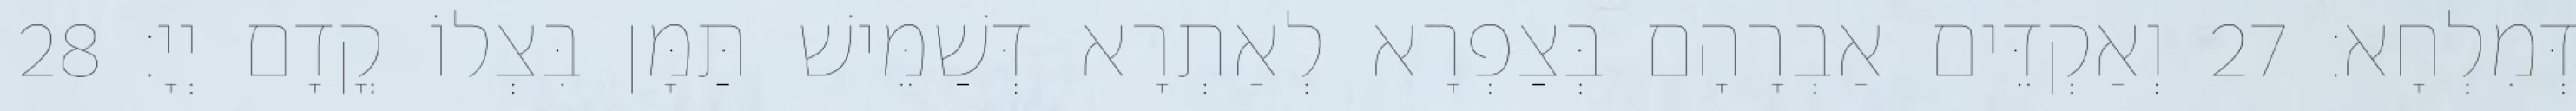
דְּמִלְחָא׃ 27 וְאַקְדֵּים אַבְרָהָם בְּצַפְרָא לְאַתְרָא דְּשַׁמֵּישׁ תַּמָּן בִּצְלוֹ קֳדָם יְיָ׃ 28